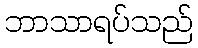
ဘာသာရပ်သည်